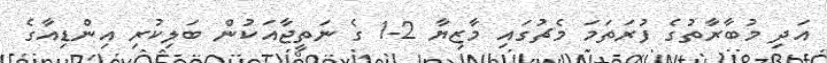
އަދި މުބާރާތުގެ ފުރަތަމަ މެޗުގައި މާޒިޔާ 2-1 ގެ ނަތީޖާއަކުން ބަލިކުރި އިންޑިއާގެ